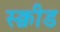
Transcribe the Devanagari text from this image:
स्क्वीड